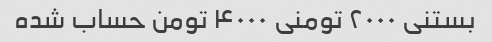
بستنی ۲۰۰۰ تومنی ۴۰۰۰ تومن حساب شده